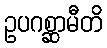
ဥပဂစ္ဆာမီတိ